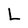
Character: L